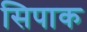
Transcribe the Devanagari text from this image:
सिपाक